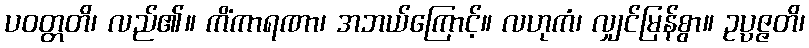
ပဝတ္တတိ၊ လည်၏။ ကိံကာရဏာ၊ အဘယ်ကြောင့်။ လဟုကံ၊ လျှင်မြန်စွာ။ ဥပ္ပဇ္ဇတိ၊